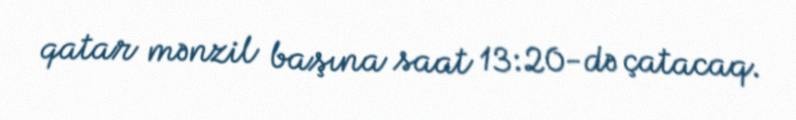
qatar mənzil başına saat 13:20-də çatacaq.